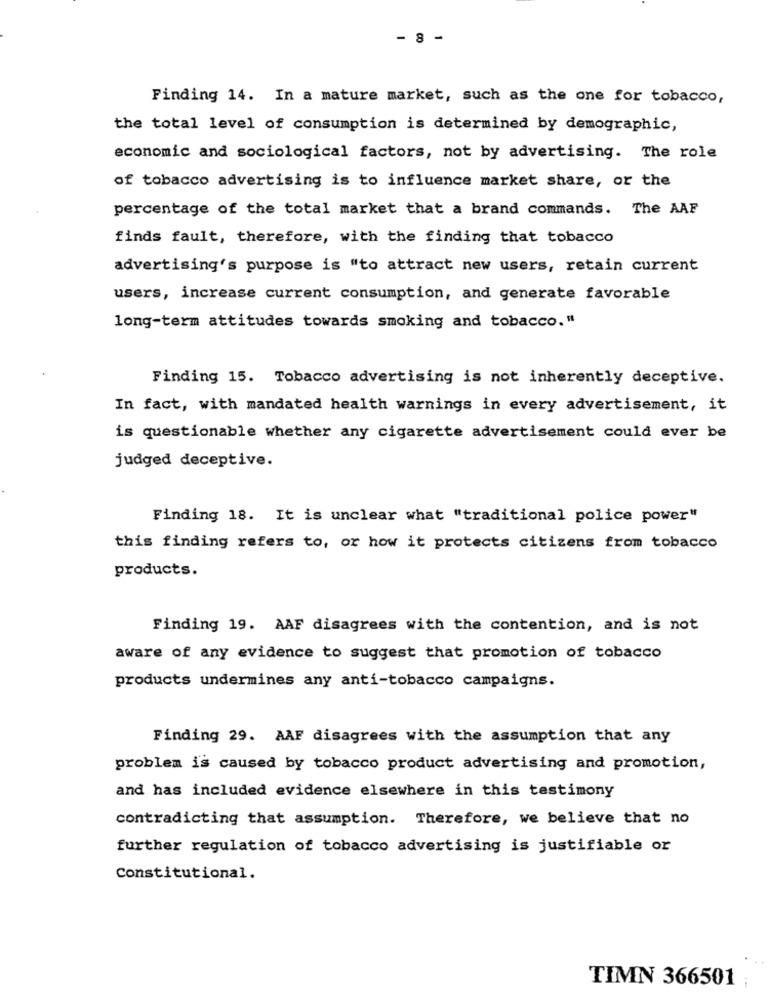
- 8 -
Finding 14. In a mature market, such as the one for tobacco,
the total level of consumption is determined by demographic,
economic and sociological factors, not by advertising. The role
of tobacco advertising is to influence market share, or the
percentage of the total market that a brand commands. The AAF
finds fault, therefore, with the finding that tobacco
advertising's purpose is "to attract new users, retain current
users, increase current consumption, and generate favorable
long-term attitudes towards smoking and tobacco."
Finding 15. Tobacco advertising is not inherently deceptive.
In fact, with mandated health warnings in every advertisement, it
is questionable whether any cigarette advertisement could ever be
judged deceptive.
Finding 18. It is unclear what "traditional police power"
this finding refers to, or how it protects citizens from tobacco
products.
Finding 19. AAF disagrees with the contention, and is not
aware of any evidence to suggest that promotion of tobacco
products undermines any anti-tobacco campaigns.
Finding 29. AAF disagrees with the assumption that any
problem is caused by tobacco product advertising and promotion,
and has included evidence elsewhere in this testimony
contradicting that assumption. Therefore, we believe that no
further regulation of tobacco advertising is justifiable or
Constitutional.
TIMN 366501